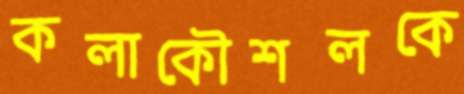
কলাকৌশলকে